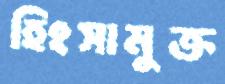
হিংসামুক্ত